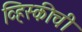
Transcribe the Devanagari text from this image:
व्हिस्कीची